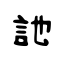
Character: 訑